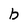
Character: b